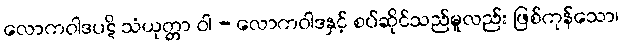
လောကဝါဒပဋိ သံယုတ္တာ ဝါ - လောကဝါဒနှင့် စပ်ဆိုင်သည်မူလည်း ဖြစ်ကုန်သော၊